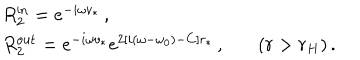
\begin{array} { l l } { { } } & { { R _ { 2 } ^ { \mathrm { i n } } = e ^ { - i \omega v _ { * } } \, , } } \\ { { } } & { { R _ { 2 } ^ { \mathrm { o u t } } = e ^ { - i \omega v _ { * } } e ^ { 2 [ i ( \omega - \omega _ { 0 } ) - C ] r _ { * } } \, , ~ ( r > r _ { H } ) \, . } } \\ \end{array}